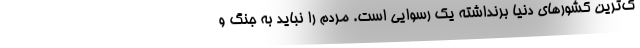
ک‌ترین کشورهای دنیا برنداشته یک رسوایی است. مردم را نباید به جنگ و